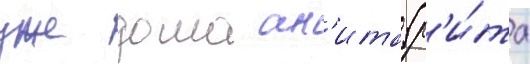
уже дома ан'ита (р'и́та